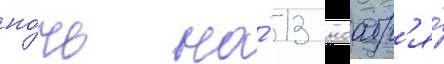
но́чь на́ 13 ноабр'я́